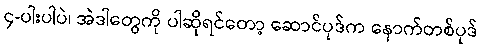
၄-ပါးပါပဲ၊ အဲဒါတွေကို ပါဆိုရင်တော့ ဆောင်ပုဒ်က နောက်တစ်ပုဒ်